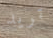
تريد